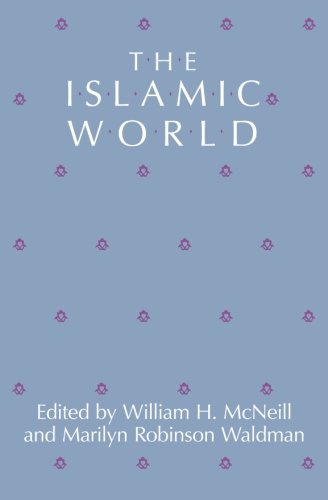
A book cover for The Islamic World; Religion & Spirituality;